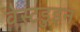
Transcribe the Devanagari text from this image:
वेस्टडुइन